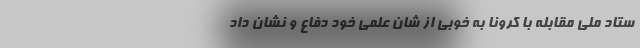
ستاد ملی مقابله با کرونا به خوبی از شان علمی خود دفاع و نشان داد